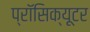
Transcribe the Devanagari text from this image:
प्रॉसिक्य़ूटर